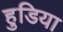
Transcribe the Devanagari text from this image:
हुडिया